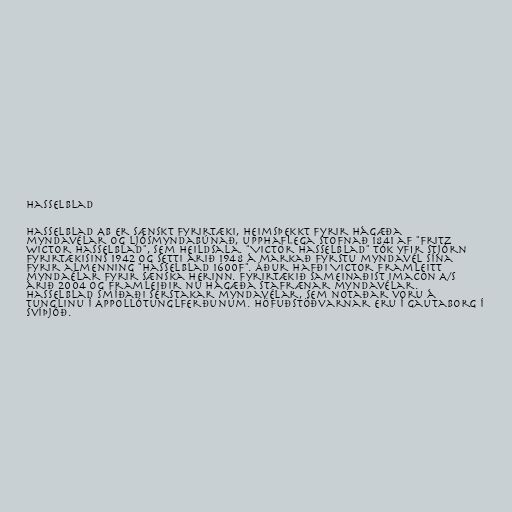
Hasselblad

Hasselblad AB er sænskt fyrirtæki, heimsþekkt fyrir hágæða
myndavélar og ljósmyndabúnað, upphaflega stofnað 1841 af "Fritz
Wictor Hasselblad", sem heildsala. "Victor Hasselblad" tók yfir stjórn
fyrirtækisins 1942 og setti árið 1948 á markað fyrstu myndavél sína
fyrir almenning "Hasselblad 1600F". Áður hafði Victor framleitt
myndaélar fyrir sænska herinn. Fyrirtækið sameinaðist Imacon A/S
árið 2004 og framleiðir nú hágæða stafrænar myndavélar.
Hasselblad smíðaði sérstakar myndavélar, sem notaðar voru á
tunglinu í Appollótunglferðunum. Höfuðstöðvarnar eru í Gautaborg í
Svíþjóð.